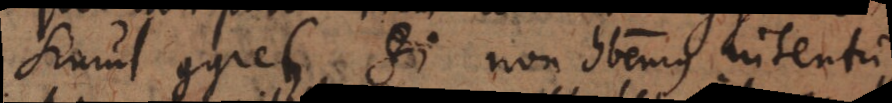
simul gyretur. Si non habemus intentum